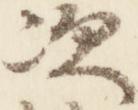
次